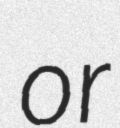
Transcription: or